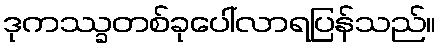
ဒုကဿ္ခတစ်ခုပေါ်လာရပြန်သည်။